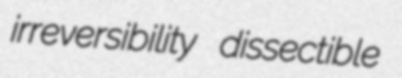
irreversibility dissectible